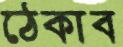
ঠেকাব